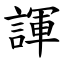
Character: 諢